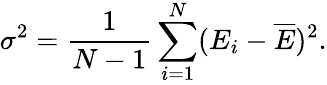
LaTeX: \sigma^{2}=\frac 1{N-1}\sum_{i=1}^{N}(E_{i}-\overline{{E}})^{2}.